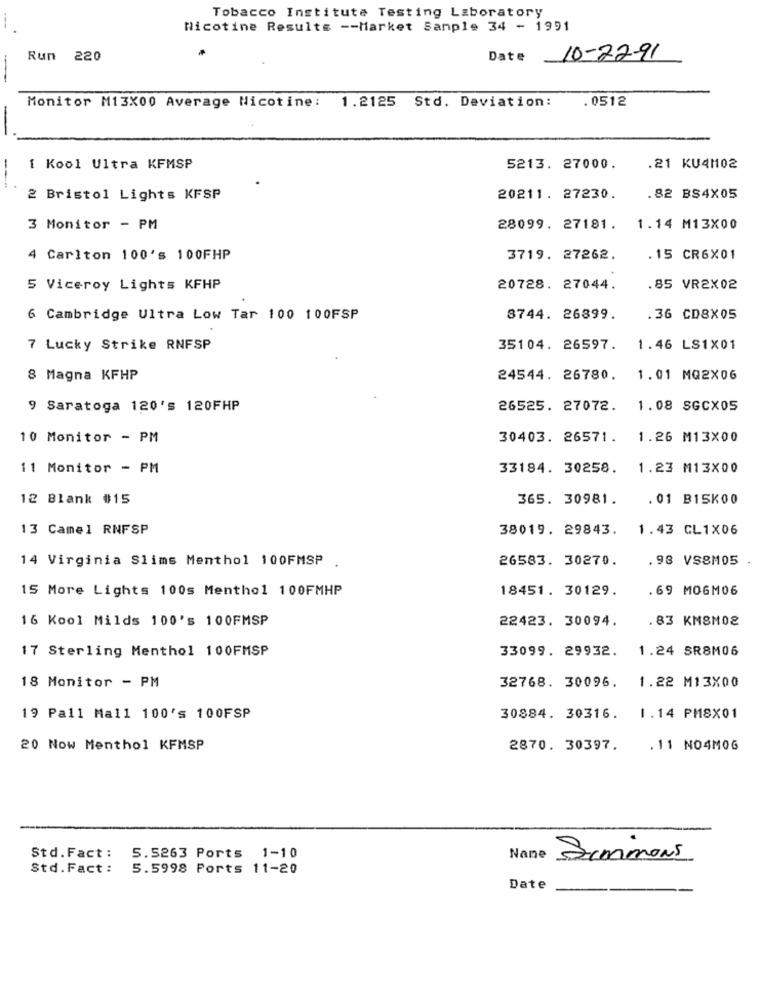
Tobacco Institute Testing Laboratory
Nicotine Results -- Market Sample 34 - 1991
Run 220
Date
10-22-91
1.2125 Std. Deviation:
. 0512
Monitor M13X00 Average Nicotine:
-
1 Kool Ultra KFMSP
5213. 27000.
.21 KU4M02
2 Bristol Lights KFSP
20211. 27230.
.82 BS4X05
3 Monitor - PM
28099. 27181.
1.14 M13X00
4 Carlton 100's 100FHP
3719. 27262.
.15 CR6X01
5 Viceroy Lights KFHP
20728. 27044.
.85 VR2X02
6 Cambridge Ultra Low Tar 100 100FSP
8744. 26899.
.36 CD8X05
7 Lucky Strike RNFSP
35104. 26597.
1.46 LS1X01
8 Magna KFHP
24544. 26780.
1.01 MQ2X06
9 Saratoga 120's 120FHP
26525. 27072.
1.08 SGCX05
10 Monitor - PM
30403. 26571.
1.26 M13X00
11 Monitor - PM
33184. 30258.
1.23 M13X00
12 Blank #15
365. 30981.
. 01 B15K00
13 Camel RNFSP
38019. 29843.
1.43 CL1X06
26583. 30270.
.98 VS8M05
14 Virginia Slims Menthol 100FMSP .
15 More Lights 100s Menthol 100FMHP
18451. 30129.
. 69 MOGM06
16 Kool Milds 100's 100FMSP
22423. 30094.
.83 KM8M02
17 Sterling Menthol 100FMSP
33099. 29932.
1.24 SR8M06
18 Monitor - PM
1.22 M13X00
32768. 30096.
19 Pall Mall 100's 100FSP
30884. 30316.
1.14 PM8X01
20 Now Menthol KFMSP
2870. 30397.
.11 NO4M0G
Std.Fact :
5.5263 Ports 1-10
Nane Simmons
Std.Fact :
5.5998 Ports 11-20
Date